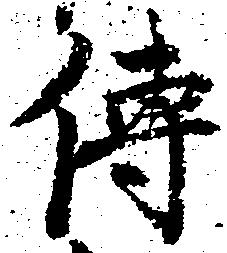
伝